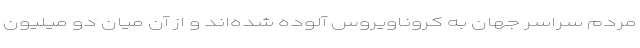
مردم سراسر جهان به کروناویروس آلوده شده‌اند و از آن میان دو میلیون